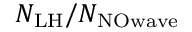
N _ { \mathrm { L H } } / N _ { \mathrm { N O w a v e } }